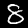
Digit: 8